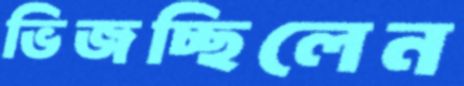
ভিজচ্ছিলেন